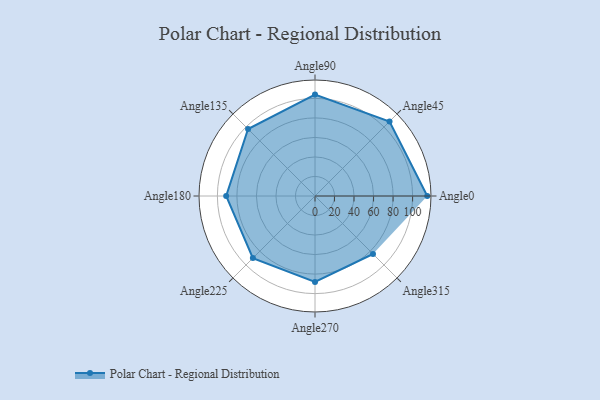
{"axis": {"x": "Angle", "y": "Radius"}, "legend": [""], "data": [{"x": "Angle0", "y": 115.0, "type": ""}, {"x": "Angle45", "y": 108.0, "type": ""}, {"x": "Angle90", "y": 104.0, "type": ""}, {"x": "Angle135", "y": 97.0, "type": ""}, {"x": "Angle180", "y": 91.0, "type": ""}, {"x": "Angle225", "y": 90.0, "type": ""}, {"x": "Angle270", "y": 88.0, "type": ""}, {"x": "Angle315", "y": 84.0, "type": ""}]}